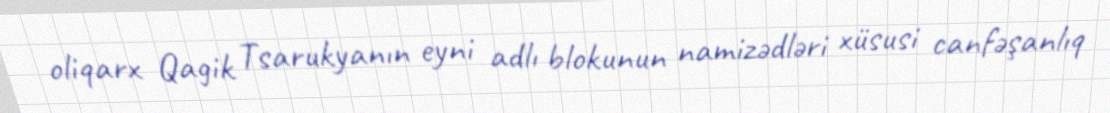
oliqarx Qagik Tsarukyanın eyni adlı blokunun namizədləri xüsusi canfəşanlıq